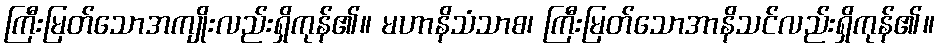
ကြီးမြတ်သောအကျိုးလည်းရှိကုန်၏။ မဟာနိသံသာစ၊ ကြီးမြတ်သောအာနိသင်လည်းရှိကုန်၏။